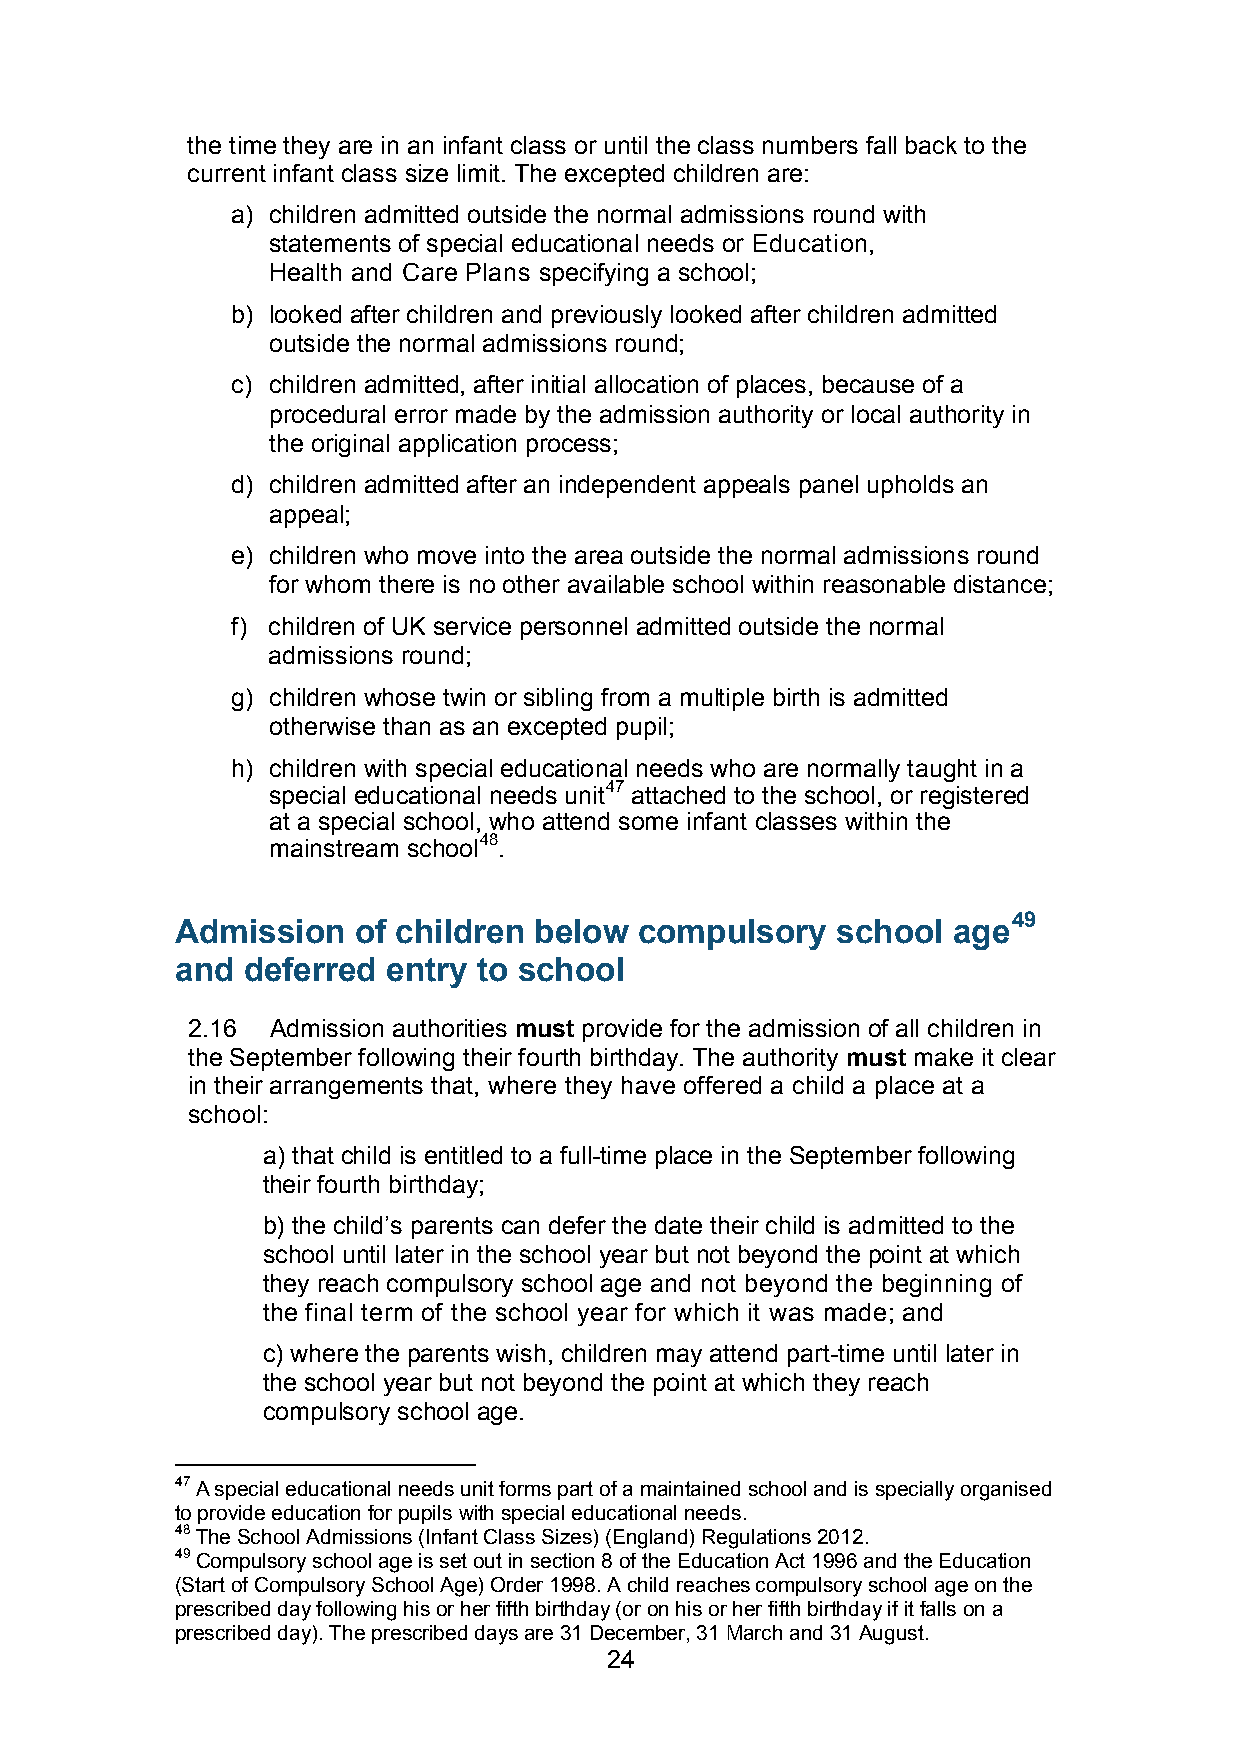
the time they are in an infant class or until the class numbers fall back to the
 current infant class size limit. The excepted children are:
 a) children admitted outside the normal admissions round with
 statements of special educational needs or Education,
 Health and Care Plans specifying a school;
 b) looked after children and previously looked after children admitted
 outside the normal admissions round;
 c) children admitted, after initial allocation of places, because of a
 procedural error made by the admission authority or local authority in
 the original application process;
 d) children admitted after an independent appeals panel upholds an
 appeal;
 e) children who move into the area outside the normal admissions round
 for whom there is no other available school within reasonable distance;
 f) children of UK service personnel admitted outside the normal
 admissions round;
 g) children whose twin or sibling from a multiple birth is admitted
 otherwise than as an excepted pupil;
 h) children with special educational needs who are normally taught in a
 special educational needs unit47 attached to the school, or registered
 at a special school, who attend some infant classes within the
 mainstream school48.
 49
 Admission  of children below  compulsory   school  age
 and deferred  entry to school
 2.16  Admission authorities must provide for the admission of all children in
 the September following their fourth birthday. The authority must make it clear
 in their arrangements that, where they have offered a child a place at a
 school:
 a) that child is entitled to a full-time place in the September following
 their fourth birthday;
 b) the child’s parents can defer the date their child is admitted to the
 school until later in the school year but not beyond the point at which
 they reach compulsory school age and not beyond the beginning of
 the final term of the school year for which it was made; and
 c) where the parents wish, children may attend part-time until later in
 the school year but not beyond the point at which they reach
 compulsory school age.
 47 A special educational needs unit forms part of a maintained school and is specially organised
 to provide education for pupils with special educational needs.
 48 The School Admissions (Infant Class Sizes) (England) Regulations 2012.
 49 Compulsory school age is set out in section 8 of the Education Act 1996 and the Education
 (Start of Compulsory School Age) Order 1998. A child reaches compulsory school age on the
 prescribed day following his or her fifth birthday (or on his or her fifth birthday if it falls on a
 prescribed day). The prescribed days are 31 December, 31 March and 31 August.
 24